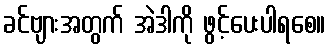
ခင်ဗျားအတွက် အဲဒါကို ဖွင့်ပေးပါရစေ။